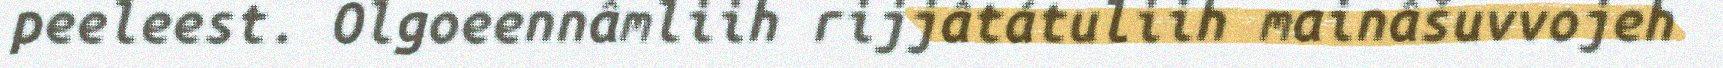
peeleest. Olgoeennâmliih rijjâtátuliih mainâšuvvojeh